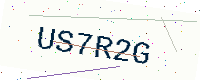
Text: US7R2G